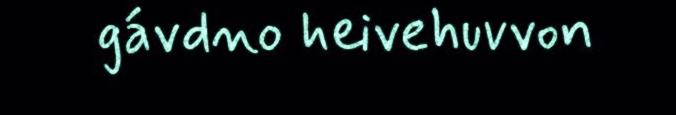
gávdno heivehuvvon